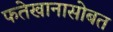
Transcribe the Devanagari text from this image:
फतेखानासोबत